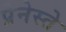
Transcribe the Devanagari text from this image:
प्रेनेस्ते